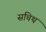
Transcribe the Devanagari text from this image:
सचिथ